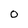
Character: 0